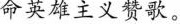
命英雄主义赞歌。